Civil Veterinary Department. United Provinces 1923-31 - 1923-1931
Year: 1923
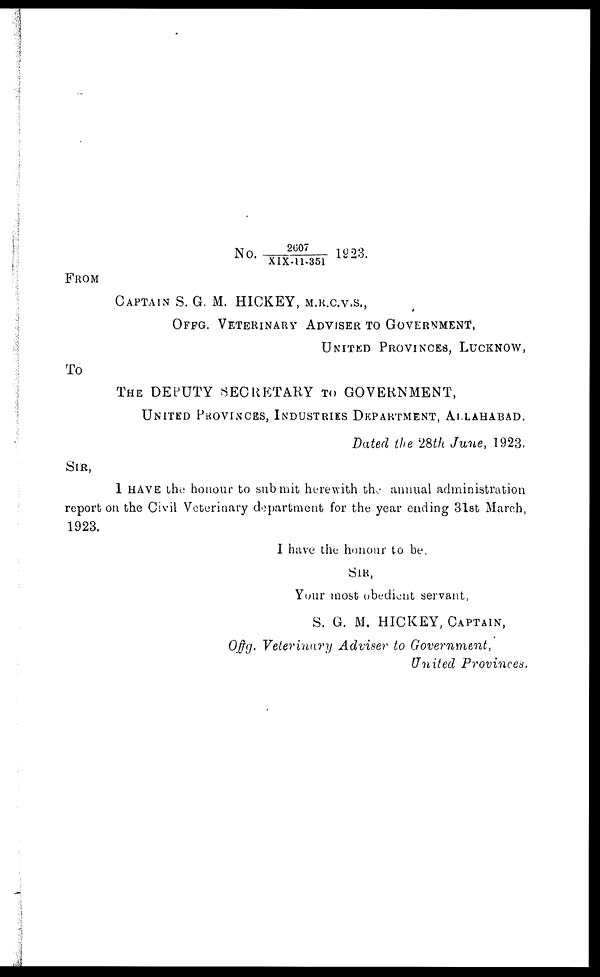
No 2607/XIX-11-351 1923
FROM
CAPTION S. G. M. HICKEY, M.R.C.V.S.,
OFFG. VETERINARY ADVISER TO GOVERNMENT,
UNITED PROVINCES, LUCKNOW,
To
THE DEPUTY SECRETARY
TO GOVERNMENT,
UNITED PROVINCES, INDUSTRIES DEPARTMENT, ALLAHABAD.
Dated the 28th June, 1923.
SIR
I HAVE the honour to submit herewith the annual administration
report on the Civil Veterinary department for the year ending 31st March,
1923.
I have the honour to be,
SIR,
Your most obedient servant,
S. G. M. HICKEY, CAPTAIN
Offg. Veterinary Adviser to Government,
United Provinces.